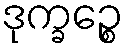
ဒုက္ခဉ္စေ